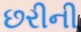
છરીની